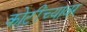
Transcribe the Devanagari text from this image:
कोटींच्यावर